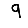
Digit: 9